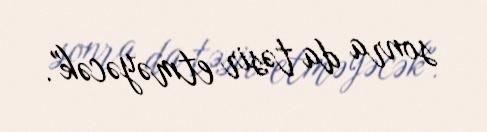
sonra da təsir etməyəcək".